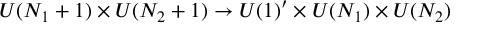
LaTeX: U ( N _ { 1 } + 1 ) \times U ( N _ { 2 } + 1 ) \rightarrow U ( 1 ) ^ { \prime } \times U ( N _ { 1 } ) \times U ( N _ { 2 } )